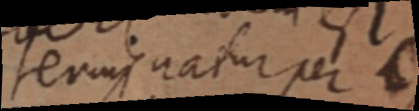
terminatur per C